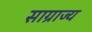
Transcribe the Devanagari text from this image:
साग्राज्‍य